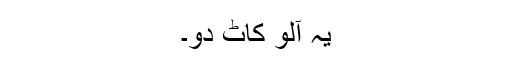
یہ آلو کاٹ دو۔